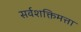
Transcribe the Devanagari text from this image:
सर्वशक्तिमत्ता